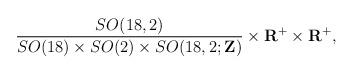
LaTeX: \begin{align*}\frac{SO(18,2)}{SO(18)\times SO(2)\times SO(18,2;{\bf Z})}\times{\bf R}^+\times{\bf R}^+,\end{align*}